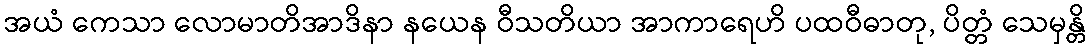
အယံ ကေသာ လောမာတိအာဒိနာ နယေန ဝီသတိယာ အာကာရေဟိ ပထဝီဓာတု, ပိတ္တံ သေမှန္တိ